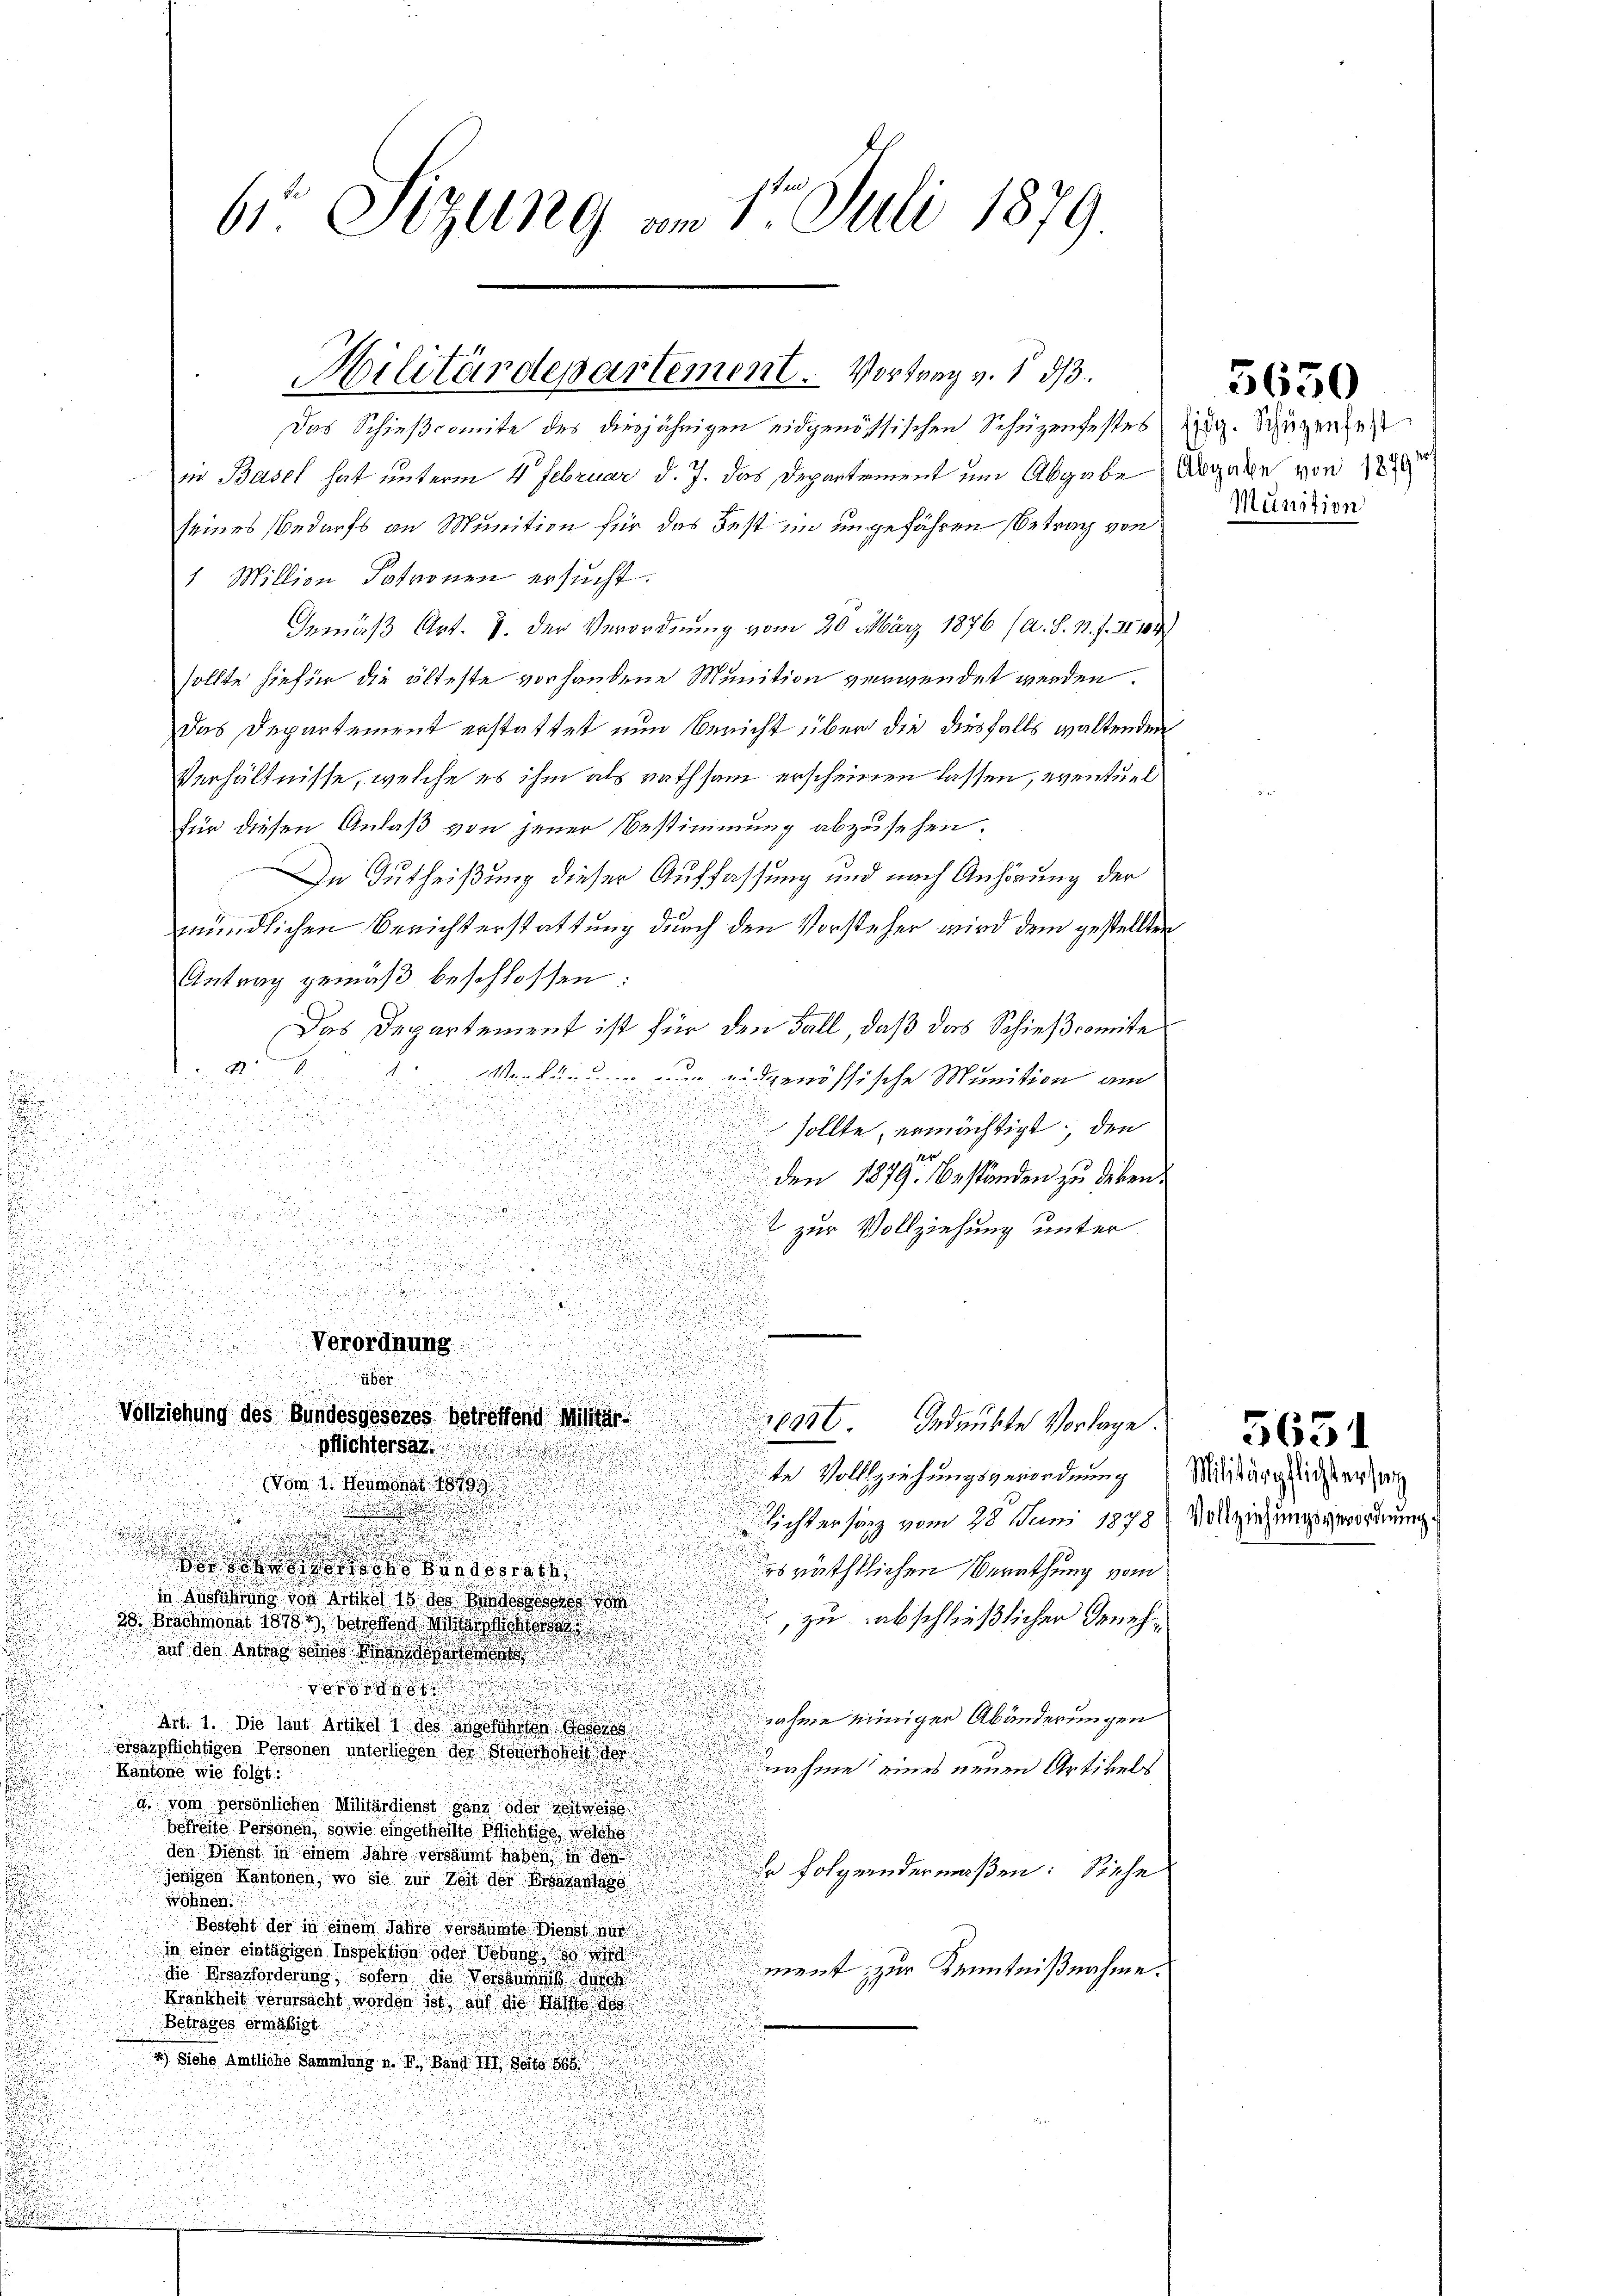
.
s
.

6 Sizung am 1t Juli 1879.

Hilitärdepartement. Vortrag v. 1 d

Das Schießcomite des diesjährigen eidgenössischen Schüzenfestes ding. Schüzenheit
in Basel hat unterm 4. Februar d. J. das Departement um Abgabe Abgabe von 12
seines Bedarfs an Munition für das Fest in ungeführen Betrag von
1 Million Patronen ersucht.
Gemäß Art. 8. der Verordnung vom 20. März 1876 (a. S. 1. f. II 104)
sollte hiefür die älteste vorhandene Munition verwendet werden.
das Departement erstattet nun Bericht über die diesfalls waltenden
Verhältnisse, welche es ihm als rathsam erscheinen lassen, eventuel
für diesen Anlaß von jener Bestimmung abzusehen.
In Gutheißung dieser Auffassung und nach Anhörung der
mündlichen Berichterstattung durch den Vorsteher wird dem gestellten
Antrag gemäß beschlossen:
Das Departement ist für den Fall, daß das Schießcomite
4
Verfügung nur eidgenössische Munition au
.
u

.

 sollte, ermächtigt; den
i
u
d

u

n

den 1879. Beständen zu geben.

e
t zur Vollziehung unter

u

d

Verordnung

.

über
Vollziehung des Bundesgesezes betreffend Militärspast. Gedrückte Vorlage.
pichtersaz.

Vom 1. Heumonat 1899

nvorsche Bundesrath
e
u
in Aussichtung von Artikel 16 des Bundesses
20. Demonat 18783 der dort der
auf den getas seine !!!!!!!!!
i
or

Art. 1. Die laut Artikel
sverpflichtigen Personen unterliegen der Store hoheit der
Kantone wie folgt:

d. vom persönlichen Militärdienst ganz oder reisweise
betreite Personen, sowie eingetheilte Pflichtige, welche
den Dienst in einem Jahre versäumt haben, in
e folgendermaßen: Siehe
jenigen Kantonen, wo sie zur Zeit der Arsaranlage
wöhnen.
Besteht der in einem Jahre versäumte Dienst nur
in einer eintägigen Assektion oder Sohne
ment zur Kenntnißnahme.
die Miserforderung, sofern die Vorstens de
Krankheit verursacht worden ist, auf die Hälfte 100
Betrages ermäßigt.

4) Siehe Amtliche Sammlung u. V., Band III. Seite 1888

te Vollziehungsgeworderung Militärglicher zeig
Richtensatz vom 28. Juni 1878, Vollziehungsverordnung
es nächtlichen Berathung vom
zu abschließlicher Geneh¬
Jahme einiger Abänderungen
nahme eines neuen Artikels¬

5650

Munition

5651